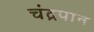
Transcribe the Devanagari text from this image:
चंद्रपान